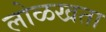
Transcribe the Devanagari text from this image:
लोळखता